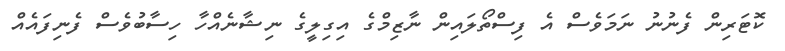
ކޮޓަރިން ފެނުނު ނަމަވެސް އެ ފިސްތޯލައިން ނާޒިމްގެ އިގިލީގެ ނިޝާނެއްހާ ހިސާބުވެސް ފެނިފައެއް